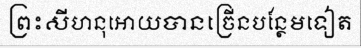
ព្រះសីហនុអោយបានច្រើនបន្ថែមទៀត